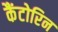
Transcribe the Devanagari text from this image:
कैंटोरिन